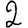
Digit: 2